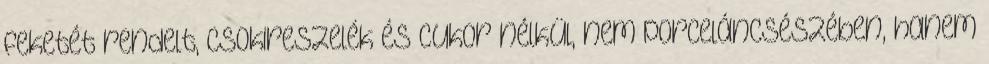
feketét rendelt, csokireszelék és cukor nélkül, nem porceláncsészében, hanem